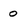
Character: o